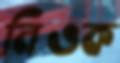
নিওক